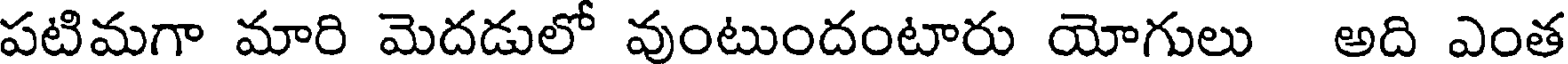
పటిమగా మారి మెదడులో వుంటుందంటారు యోగులు అది ఎంత